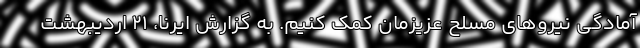
آمادگی نیروهای مسلح عزیزمان کمک کنیم. به گزارش ایرنا، ۲۱ اردیبهشت